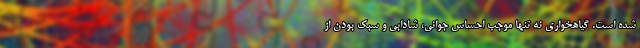
شده است. گیاهخواری نه تنها موجب احساس جوانی، شادابی و سبک بودن از